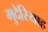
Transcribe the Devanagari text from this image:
मुदेरियाह